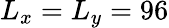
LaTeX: L_{x}=L_{y}=96